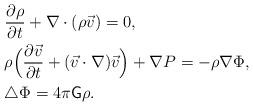
LaTeX: \begin{align*}&\frac{\partial\rho}{\partial t}+\nabla\cdot(\rho\vec{v})=0, \\&\rho\Big(\frac{\partial\vec{v}}{\partial t}+(\vec{v}\cdot\nabla)\vec{v}\Big)+\nabla P=-\rho\nabla\Phi, \\&\triangle\Phi=4\pi\mathsf{G}\rho. \end{align*}